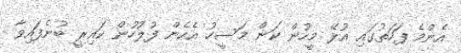
އެންމެ ފަހަތުގައި އުޅޭ މީހުން ކަން މަސީހު އެހެން ފުލުހުން ކައިރީ ބުނެފައިވާ